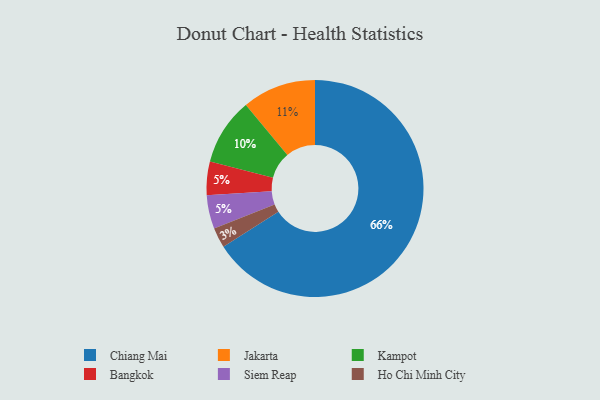
{"axis": {"x": "Category", "y": "Percentage"}, "legend": ["Bangkok", "Chiang Mai", "Ho Chi Minh City", "Jakarta", "Kampot", "Siem Reap"], "data": [{"x": "Ho Chi Minh City", "y": 3, "type": "Ho Chi Minh City"}, {"x": "Chiang Mai", "y": 66, "type": "Chiang Mai"}, {"x": "Jakarta", "y": 11, "type": "Jakarta"}, {"x": "Kampot", "y": 10, "type": "Kampot"}, {"x": "Bangkok", "y": 5, "type": "Bangkok"}, {"x": "Siem Reap", "y": 5, "type": "Siem Reap"}]}